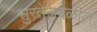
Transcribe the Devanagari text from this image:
सुरतेजवळील